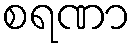
စရဏာ